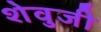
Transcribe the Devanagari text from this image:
शेवुजी